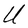
Character: U